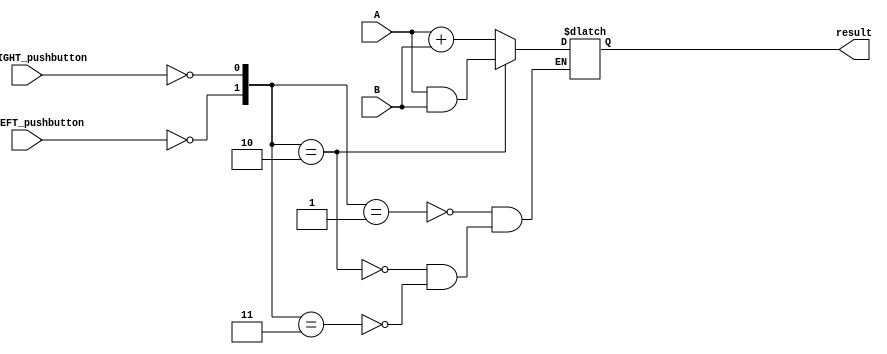
// All code was from the lab 1 pdf document.
module lab1_top (
	input not_LEFT_pushbutton,
	input not_RIGHT_pushbutton,
	input [3:0] A,
	input [3:0] B,
	output reg [3:0] result);
	
	wire [3:0] ANDed_result;
	wire [3:0] ADDed_result;
	wire LEFT_pushbutton;
	wire RIGHT_pushbutton;
	
	assign ANDed_result = A & B;
	assign ADDed_result = A + B;
	assign LEFT_pushbutton = ~not_LEFT_pushbutton;
	assign RIGHT_pushbutton = ~not_RIGHT_pushbutton;
	
	always @* begin
		case ({LEFT_pushbutton, RIGHT_pushbutton})
			2'b01: result = ADDed_result;
			2'b10: result = ANDed_result;
			2'b11: result = ADDed_result;
		endcase
	end
endmodule